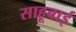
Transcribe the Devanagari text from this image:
साहूबाई